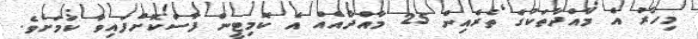
މިހާރު އެ މާއްދާތަކުގެ ތެރެއިން 25 މާއްދާއެއް އެ ކޮމިޓީން ފާސްކޮށްފައިވާ ކަމަށެވެ.